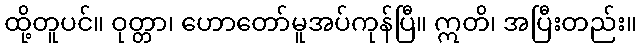
ထို့တူပင်။ ဝုတ္တာ၊ ဟောတော်မူအပ်ကုန်ပြီ။ ဣတိ၊ အပြီးတည်း။